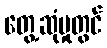
တွေ့ဆုံမှုတွင်